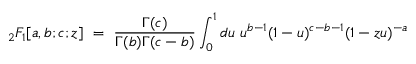
_ { 2 } F _ { 1 } [ a , b ; c ; z ] \ = \ \frac { \Gamma ( c ) } { \Gamma ( b ) \Gamma ( c - b ) } \int _ { 0 } ^ { 1 } d u \ u ^ { b - 1 } ( 1 - u ) ^ { c - b - 1 } ( 1 - z u ) ^ { - a }